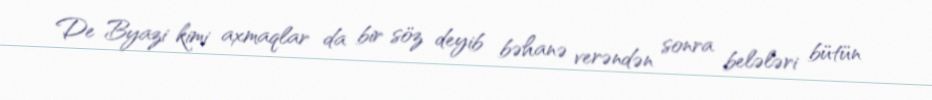
De Byazi kimi axmaqlar da bir söz deyib bəhanə verəndən sonra belələri bütün